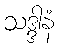
သဒ္ဒါနံ